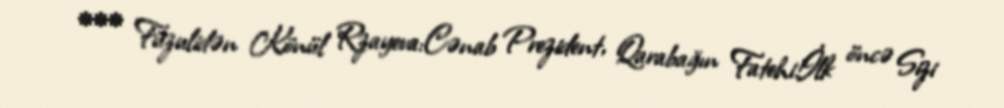
*** Füzulidən Könül Rzayeva:Cənab Prezident, Qarabağın Fatehi!İlk öncə Sizi